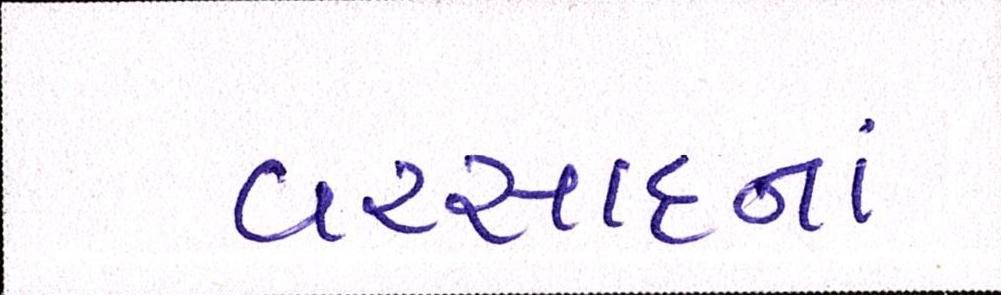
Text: વરસાદનાં